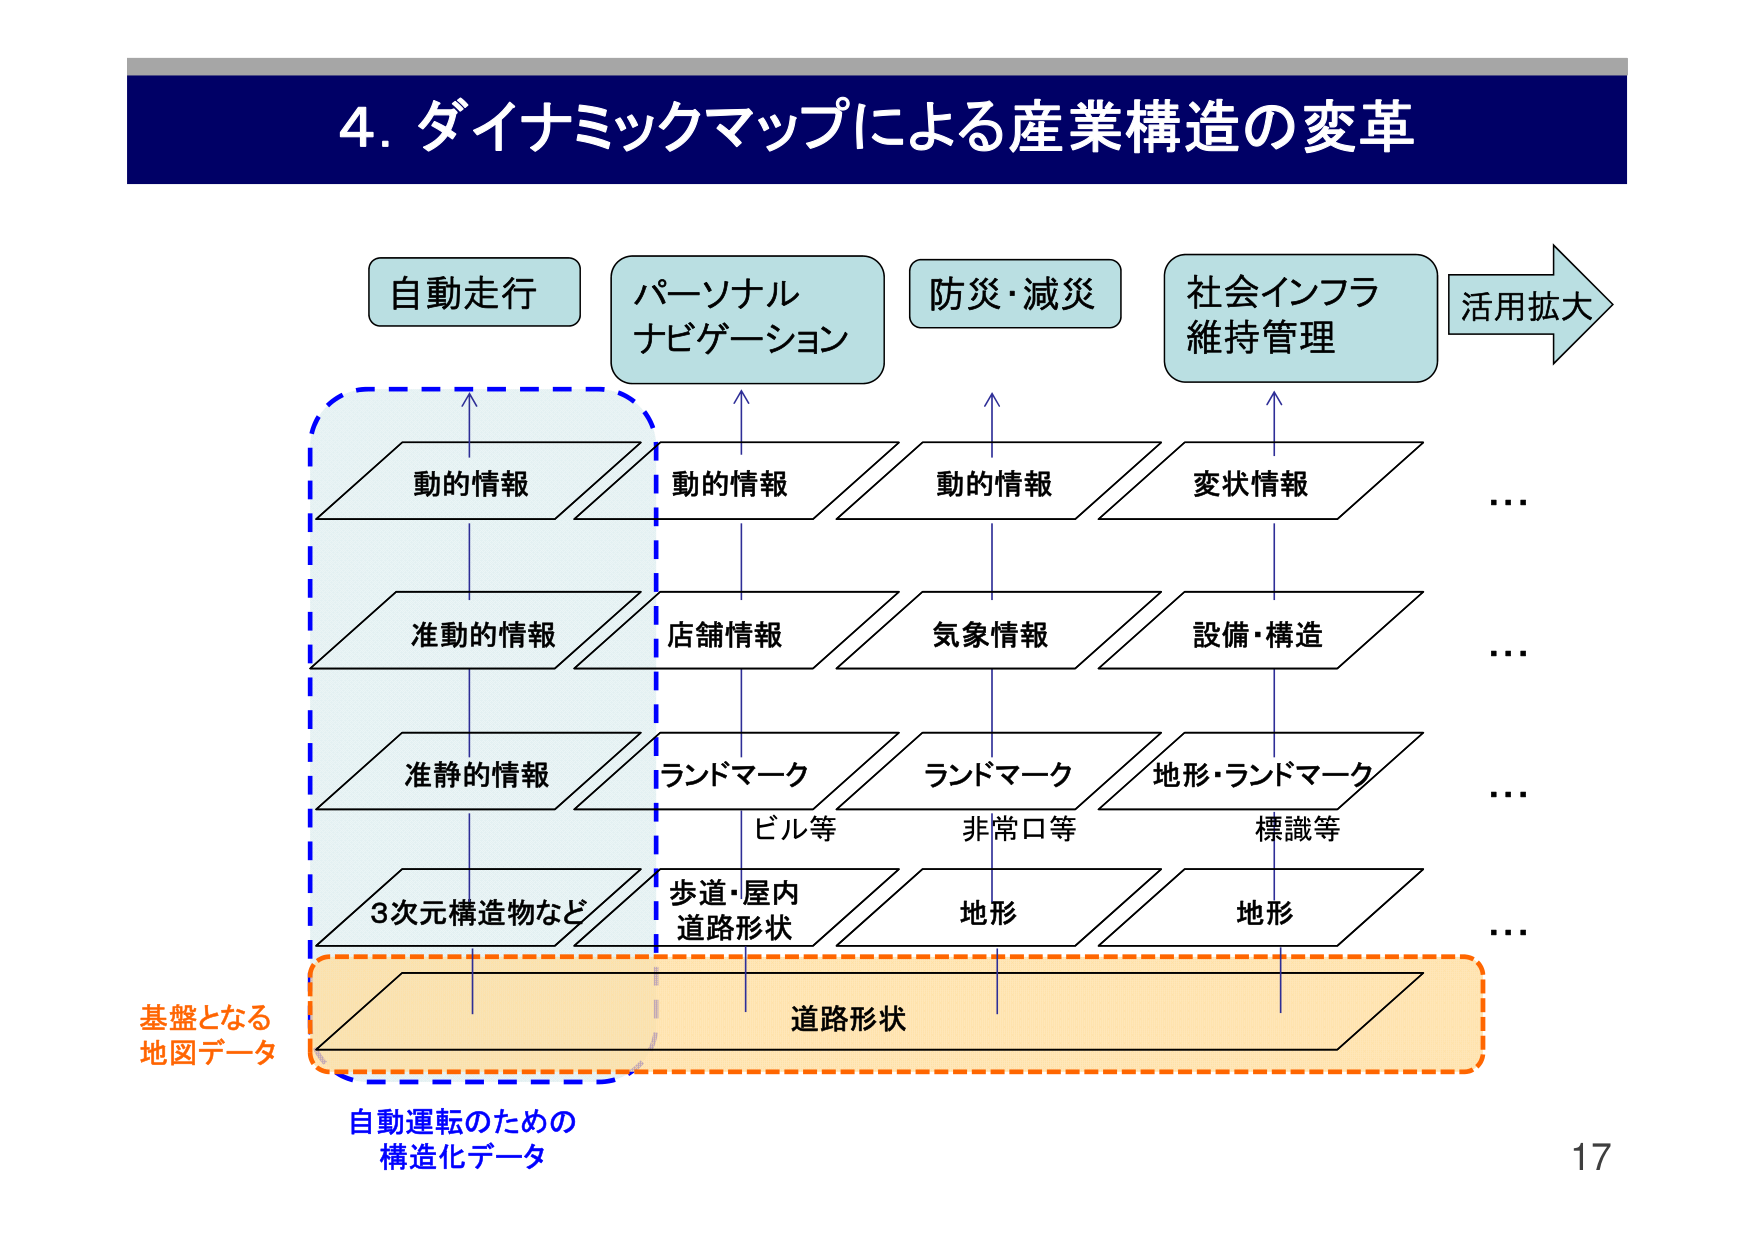
4. ダイナミックマップによる産業構造の変革

自動走行
パーソナル
ナビゲーション
防災・減災
社会インフラ
維持管理
活用拡大

動的情報
動的情報
動的情報
変状情報
…

准動的情報
店舗情報
気象情報
設備・構造
…

准静的情報
ランドマーク
ランドマーク
地形・ランドマーク
…
ビル等
非常口等
標識等

3次元構造物など
歩道・屋内
道路形状
地形
地形
…

道路形状

基盤となる
地図データ

自動運転のための
構造化データ

17